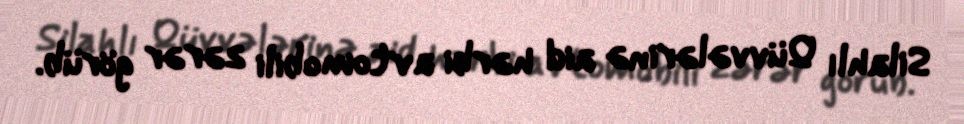
Silahlı Qüvvələrinə aid hərbi avtomobili zərər görüb.